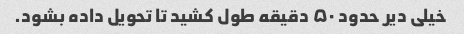
خیلی دیر حدود ۵۰ دقیقه طول کشید تا تحویل داده بشود.